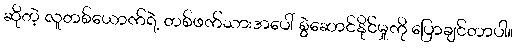
ဆိုတဲ့ လူတစ်ယောက်ရဲ့ တစ်ဖက်သားအပေါ် စွဲဆောင်နိုင်မှုကို ပြောချင်တာပါ။